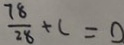
\frac { 7 8 } { 2 8 } + c = 0